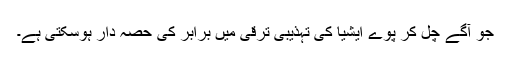
جو آگے چل کر پوے ایشیا کی تہذیبی ترقی میں برابر کی حصہ دار ہوسکتی ہے۔